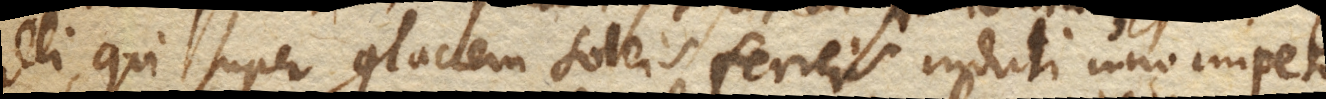
illi, qui super glaciem soleis ferreis induti uno impetu